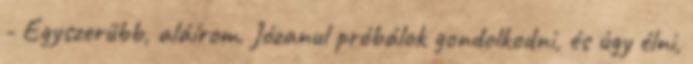
- Egyszerűbb, aláírom. Józanul próbálok gondolkodni, és úgy élni,